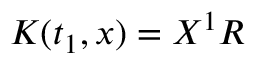
K ( t _ { 1 } , x ) = X ^ { 1 } R